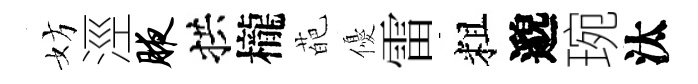
妨涇腋拱櫳葩優雷粗邈琬汰